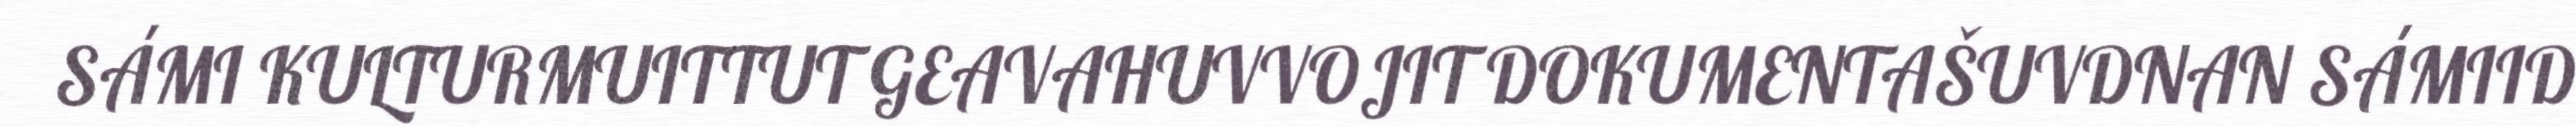
SÁMI KULTURMUITTUT GEAVAHUVVOJIT DOKUMENTAŠUVDNAN SÁMIID